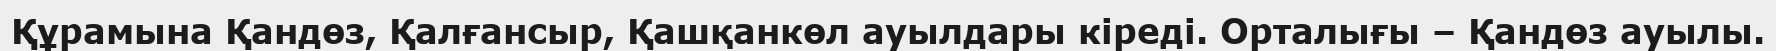
Құрамына Қандөз, Қалғансыр, Қашқанкөл ауылдары кіреді. Орталығы – Қандөз ауылы.